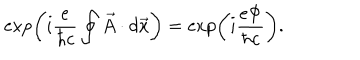
LaTeX: \exp \left( i \frac { e } { \hbar c } \oint \vec { A } \cdot d \vec { x } \right) = \exp \left( i \frac { e \Phi } { \hbar c } \right) .